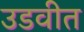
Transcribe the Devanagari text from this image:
उडवीत